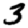
Digit: 3